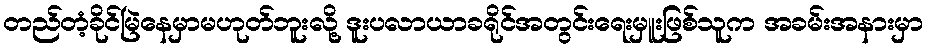
တည်တံ့ခိုင်မြဲနေမှာမဟုတ်ဘူးလို့ ဒူးပလာယာခရိုင်အတွင်းရေးမှူးဖြစ်သူက အခမ်းအနားမှာ